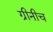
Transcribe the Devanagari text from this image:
ग्रीनीच